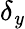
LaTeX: \delta_{\mathit{y}}